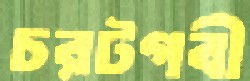
চরটগবী